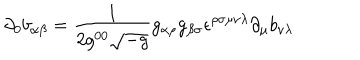
\partial _ { 0 } b _ { \alpha \beta } = { \frac { 1 } { 2 g ^ { 0 0 } \sqrt { - g } } } g _ { \alpha \rho } g _ { \beta \sigma } \epsilon ^ { \rho \sigma \mu \nu \lambda } \partial _ { \mu } b _ { \nu \lambda }